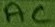
Text: AC